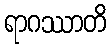
ရာဂဿာတိ